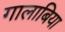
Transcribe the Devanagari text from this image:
गालाबिया